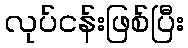
လုပ်ငန်းဖြစ်ပြီး